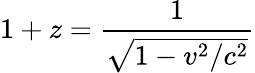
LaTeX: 1+z={\frac{1}{\sqrt{1-v^{2}/c^{2}}}}